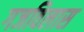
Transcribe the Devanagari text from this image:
गजविलास